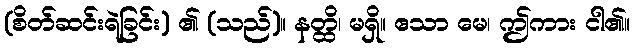
(စိတ်ဆင်းရဲခြင်း) ၏ (သည်)။ နတ္ထိ၊ မရှိ။ ဧသာ မေ၊ ဤကား ငါ၏။